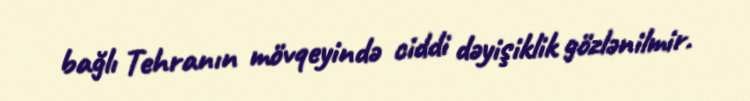
bağlı Tehranın mövqeyində ciddi dəyişiklik gözlənilmir.